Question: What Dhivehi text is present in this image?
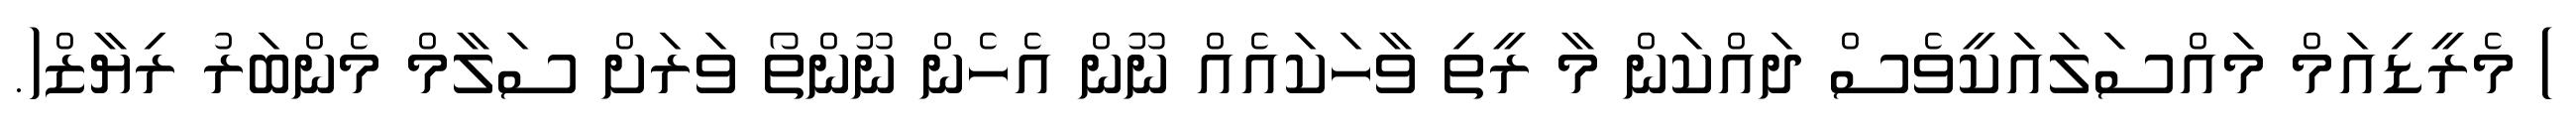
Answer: ) މެރީޑިއަމް މައްސަލައަކީވެސް ދައްކަން މާ ރީތި ވާހަކައެއް ނޫން އެހެން ނޫންތޯ ވަރަށް ސަލާމް މެންބަރު ރިޔާޒް(.